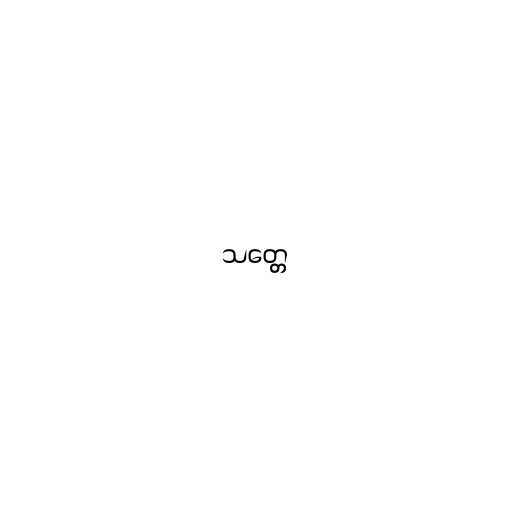
သတ္တေ